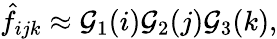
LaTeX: \hat{f}_{ijk}\approx\mathcal{G}_{1}(i)\mathcal{G}_{2}(j)\mathcal{G}_{3}(k),